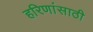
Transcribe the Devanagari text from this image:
हरिणांसाठी